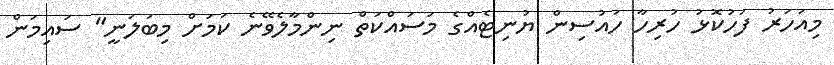
މިއަހަރު ފަހުކޮޅު ހުރިހާ ހައުސިން ޔުނިޓެއްގެ މަސައްކަތް ނިންމާލެވޭނެ ކަމަށް މިބަލަނީ" ސައިމަން